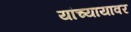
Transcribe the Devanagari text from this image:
यांच्यायावर